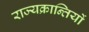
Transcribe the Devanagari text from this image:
राज्यक्रान्तियों